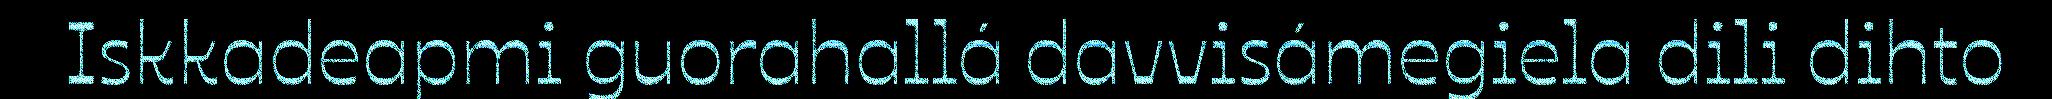
Iskkadeapmi guorahallá davvisámegiela dili dihto